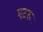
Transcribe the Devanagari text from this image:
एटरू